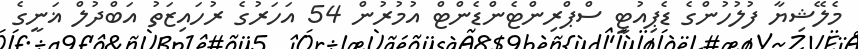
މެލޭޝިޔާ ފުލުހުންގެ ޑެޕިއުޓީ ސްޕްރިންޓެންޑެންޓް އުމުރުން 54 އަހަރުގެ ރުހައިޒަތު އަބްދުލް ޣަނީގެ